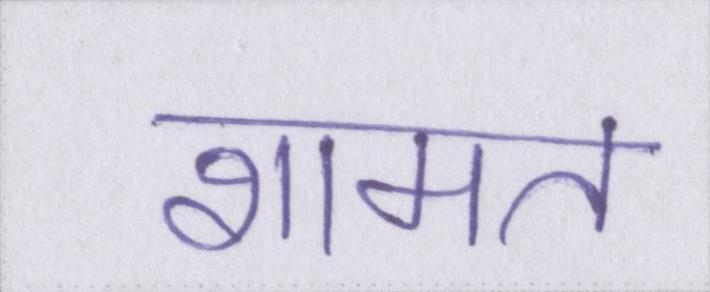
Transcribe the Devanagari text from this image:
शामत